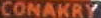
CONAKRY